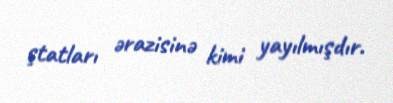
ştatları ərazisinə kimi yayılmışdır.